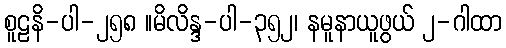
စူဠနိ-ပါ-၂၅၈ ။မိလိန္ဒ-ပါ-၃၅၂၊ နမူနာယူဖွယ် ၂-ဂါထာ